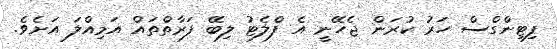
ފިޓިންގްސް ހަރު ކުރަން ޖެހޭނީ އެ ފްލެޓު ލިބޭ ފަރާތްތައް އަމިއްލަ އަށެވެ.